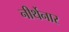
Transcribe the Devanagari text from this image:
नीर्थेनार